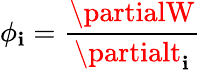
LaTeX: \phi_{\mathbf{i}}=\frac{{\partialW}}{{\partialt_{\mathbf{i}}}}